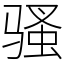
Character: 骚